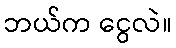
ဘယ်က ငွေလဲ။